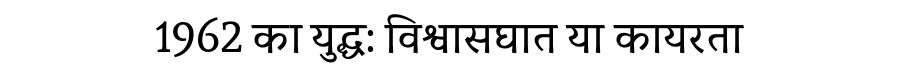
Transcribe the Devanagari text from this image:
1962 का युद्ध: विश्वासघात या कायरता